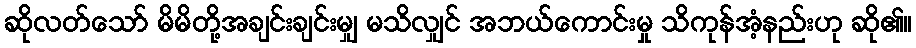
ဆိုလတ်သော် မိမိတို့အချင်းချင်းမျှ မသိလျှင် အဘယ်ကောင်းမှု သိကုန်အံ့နည်းဟု ဆို၏။